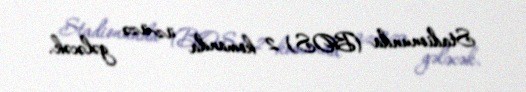
Stadionunda (BOS) 2 komanda üz-üzə gələcək.